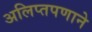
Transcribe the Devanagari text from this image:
अलिप्तपणाने